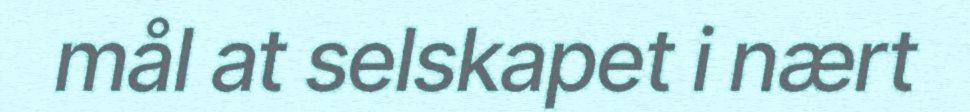
mål at selskapet i nært